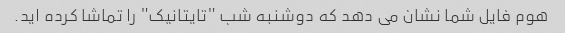
هوم فایل شما نشان می دهد که دوشنبه شب "تایتانیک" را تماشا کرده اید.